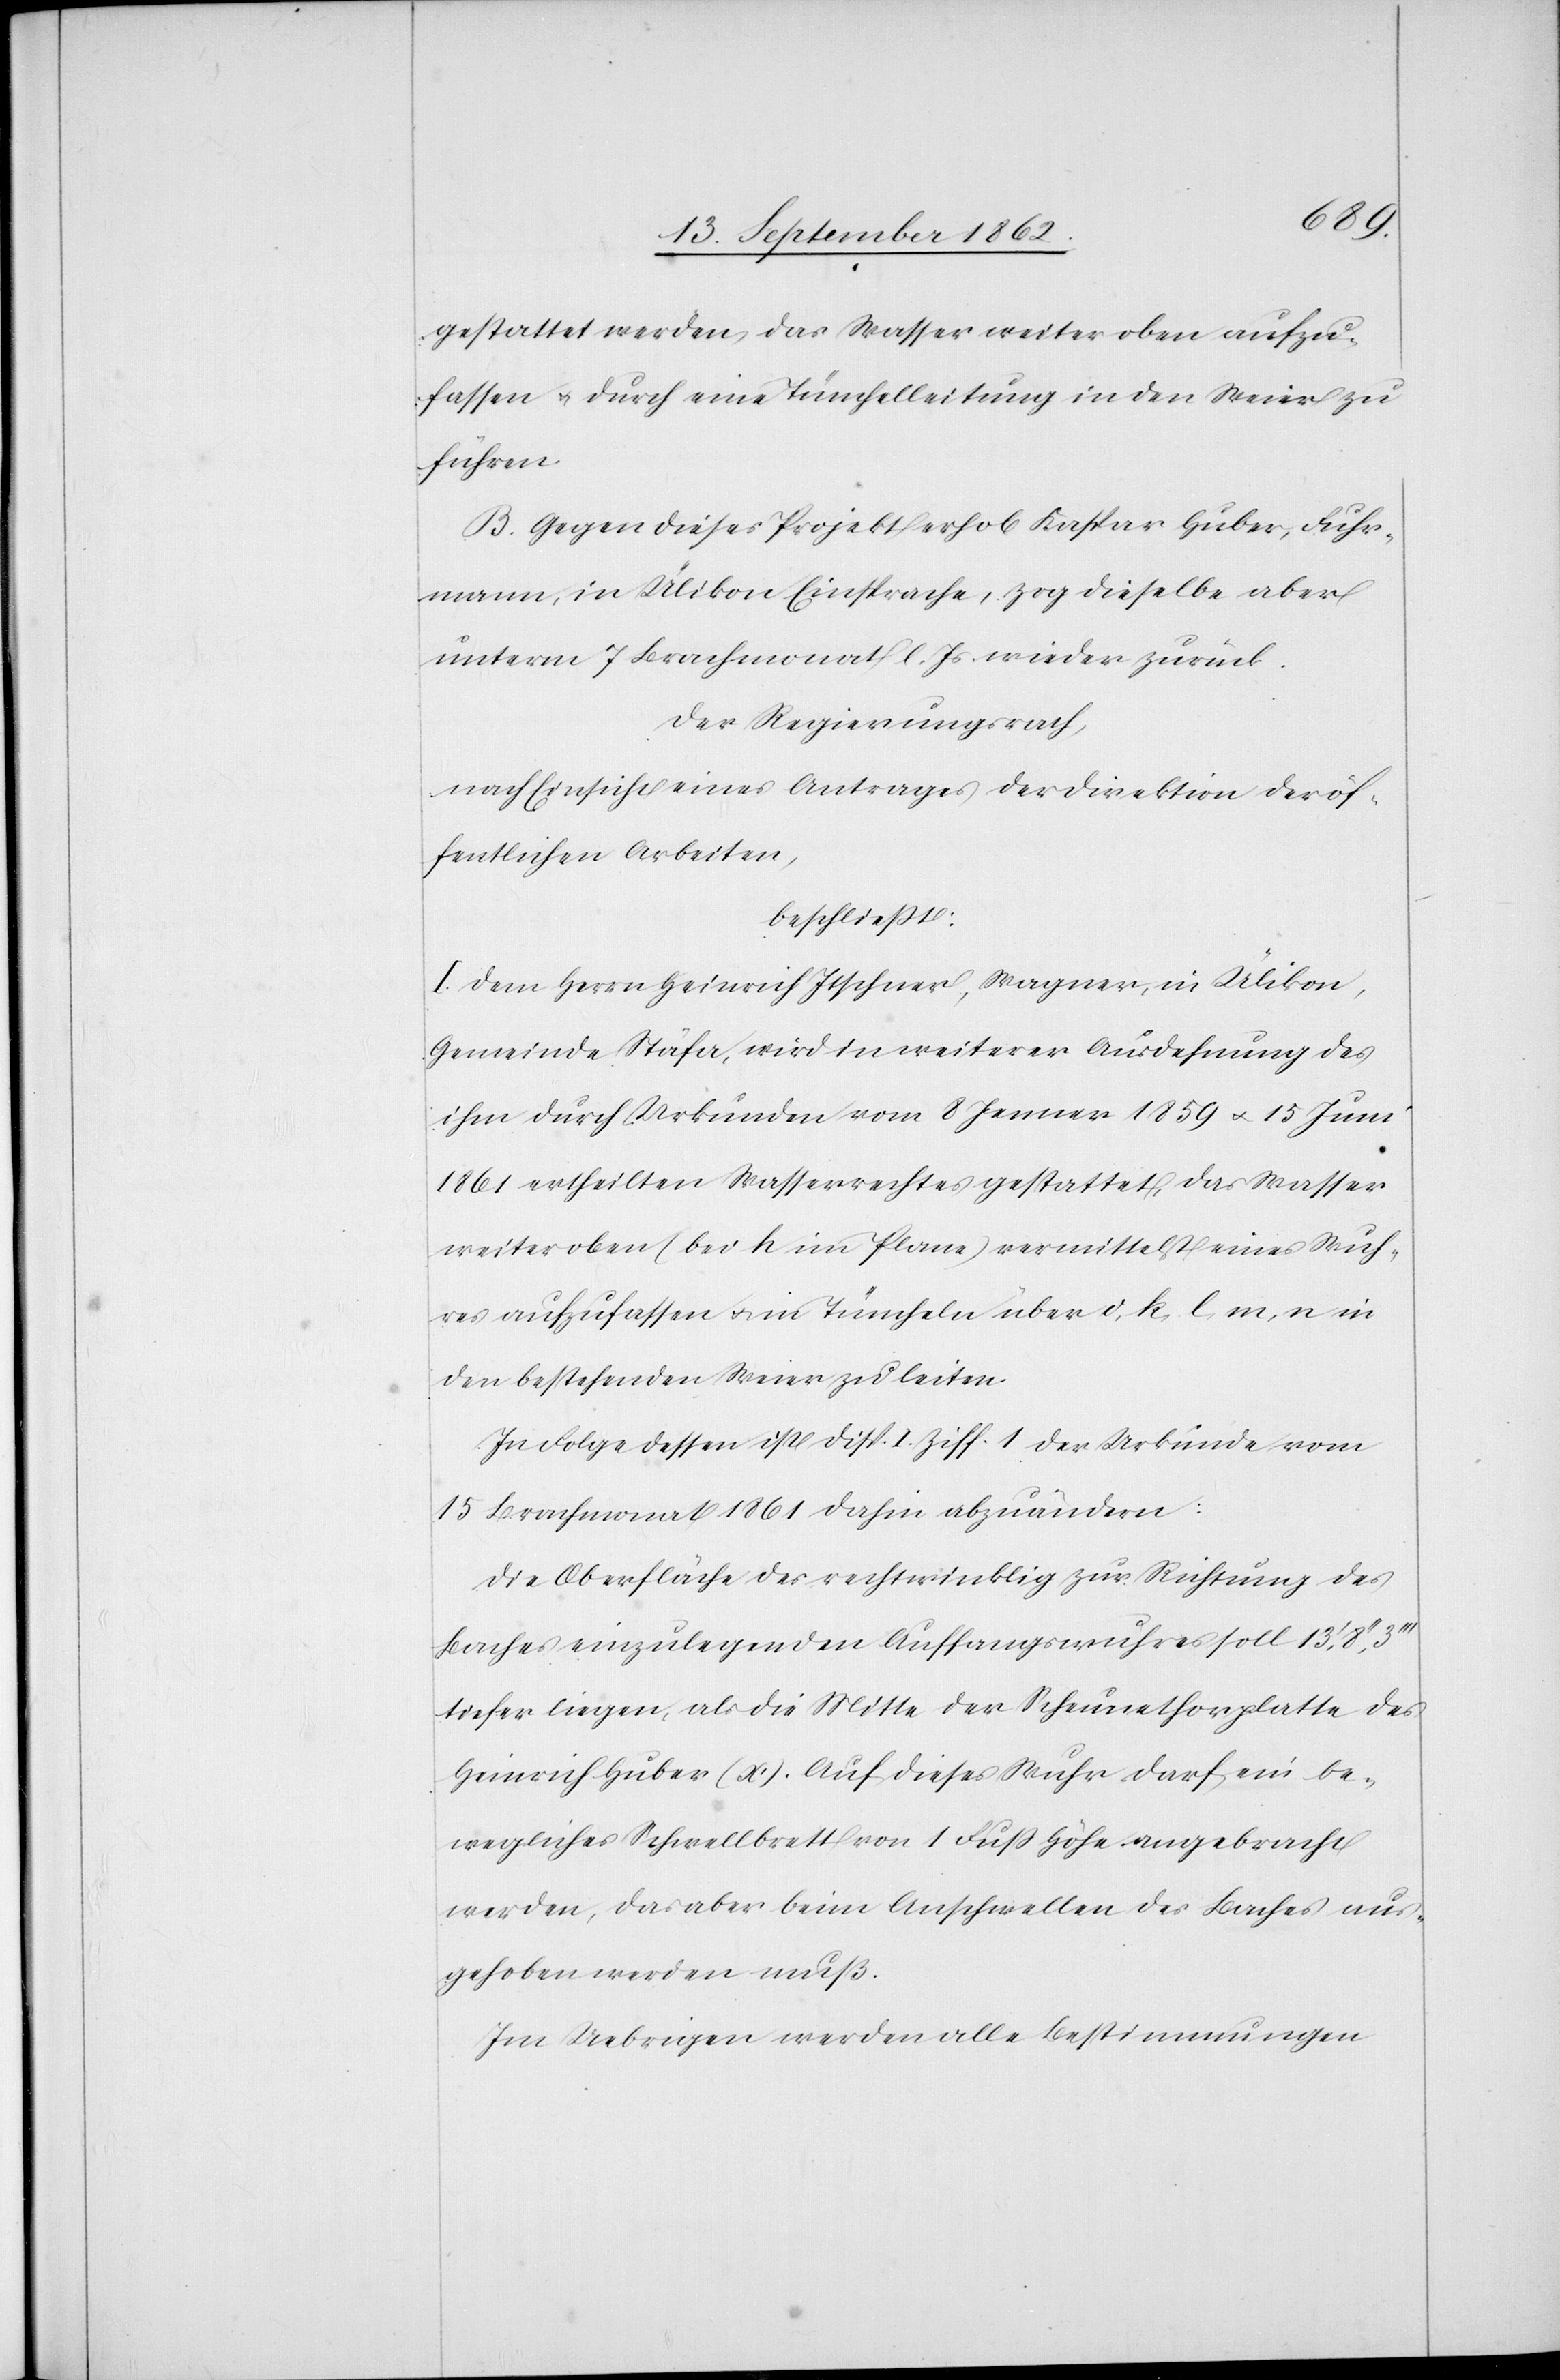
gestattet werden, das Wasser weiter oben aufzu¬
fassen u. durch eine Teuchelleitung in den Weier zu
führen.
B. Gegen dieses Projekt erhob Kaspar Huber, Fuhr¬
mann, in Ülikon Einsprache, zog dieselbe aber
unterm 7. Brachmonat l. Js. wieder zurück.
Der Regierungsrath,
nach Einsicht eines Antrages der Direktion der öf¬
fentlichen Arbeiten,
beschließt:
I. Dem Herrn Heinrich Itschner, Wagner, in Ülikon,
Gemeinde Stäfa, wird in weiterer Ausdehnung des
ihm durch Urkunden vom 8. Jenner 1859 u. 15. Juni
1861 ertheilten Wasserrechtes gestattet, das Wasser
weiter oben (bei h im Plane) vermittelst eines Wuh¬
res aufzufassen u. in Teucheln über i, k, l, m, n in
den bestehenden Weier zu leiten.
In Folge dessen ist Disp. I. Ziff. 1 der Urkunde vom
15. Brachmonat 1861 dahin abzuändern:
Die Oberfläche des rechtwinklig zur Richtung des
Baches einzulegenden Auffangswuhres soll 13’,8’’,3’’’
tiefer liegen, als die Mitte der Scheunethorplatte des
Heinrich Huber (x). Auf dieses Wuhr darf ein be¬
wegliches Schwellbrett von 1 Fuß Höhe angebracht
werden, das aber beim Anschwellen des Baches aus¬
gehoben werden muß.
Im Uebrigen werden alle Bestimmungen